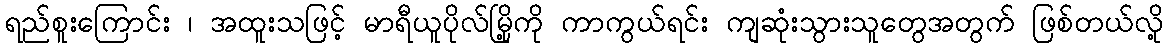
ရည်စူးကြောင်း ၊ အထူးသဖြင့် မာရီယူပိုလ်မြို့ကို ကာကွယ်ရင်း ကျဆုံးသွားသူတွေအတွက် ဖြစ်တယ်လို့